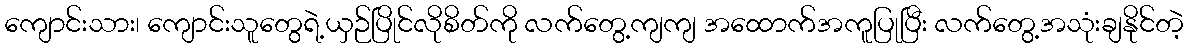
ကျောင်းသား၊ ကျောင်းသူတွေရဲ့ယှဉ်ပြိုင်လိုစိတ်ကို လက်တွေ့ကျကျ အထောက်အကူပြုပြီး လက်တွေ့အသုံးချနိုင်တဲ့